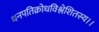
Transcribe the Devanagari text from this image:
धनपतिक्रोधविश्लेशितस्य।।